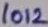
Text: 1012